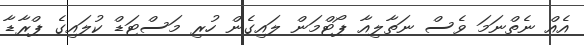
އެއް ނެތްނަމަ ވެސް ނަތާލިއާ ޕޯޓްމަން ލައިގެން ހުރި މަސްޓަޑް ކުލައިގެ ޕްރާޑާ